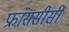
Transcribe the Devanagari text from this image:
फ्रांससीसी